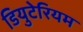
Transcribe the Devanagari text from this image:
डियुटेरियम